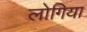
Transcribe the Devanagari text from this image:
लोगिया